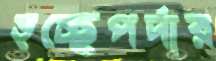
হচ্ছেপর্দার